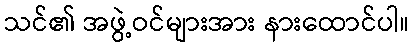
သင်၏ အဖွဲ့ဝင်များအား နားထောင်ပါ။